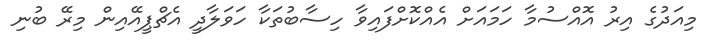
މިއަދުގެ އިރު އޮއްސުމާ ހަމައަށް އެއްކޮށްފައިވާ ހިސާބުތަކާ ހަވަލާދީ އެޗްޕީއޭއިން މިރޭ ބުނި